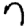
Digit: 7